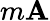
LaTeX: m\mathbf{A}